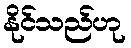
နိုင်သည်ဟု